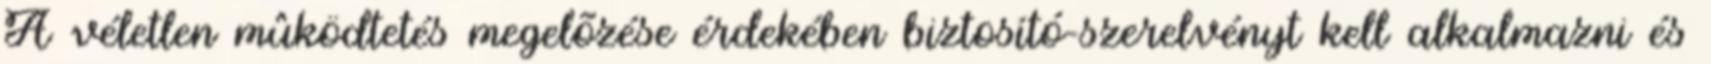
A véletlen mûködtetés megelõzése érdekében biztosító-szerelvényt kell alkalmazni és